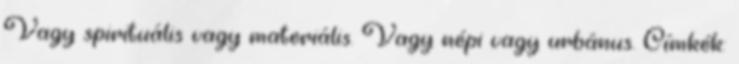
Vagy spirituális vagy materiális. Vagy népi vagy urbánus. Címkék: